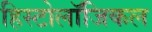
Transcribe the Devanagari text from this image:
हिस्टोलॉजिकल